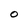
Character: O